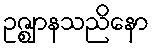
ဥဇ္ဈာနသညိနော